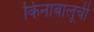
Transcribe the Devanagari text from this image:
किनाबालूची